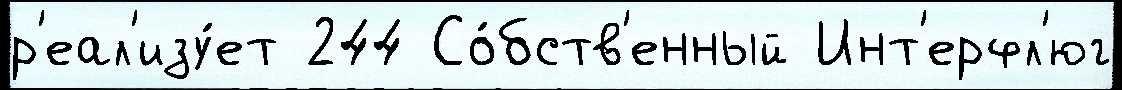
р'еал'изу́ет 244 Со́бств'енный Инт'ерфл'юг